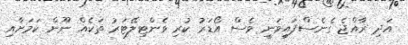
އަދި ރާއްޖެ ގެނެސްފައިވަނީ ވެސް އޯޑަރު ކުރި ވެންޓިލޭޓަރު ތަކެއް ނޫން ކަމަށާއި